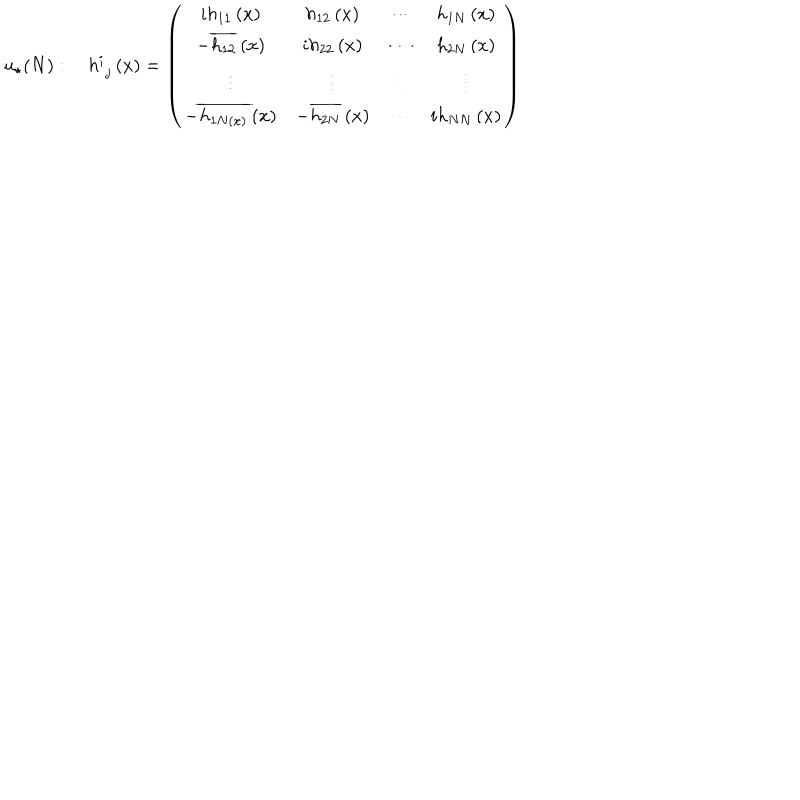
u _ { \star } ( N ) : \quad h _ { \, \, j } ^ { i } \left( x \right) = \left( \begin{array} { c c c c } { { i h _ { 1 1 } \left( x \right) } } & { { h _ { 1 2 } \left( x \right) } } & { { \cdots } } & { { h _ { 1 N } \left( x \right) } } \\ { { - \overline { { { h _ { 1 2 } } } } \left( x \right) } } & { { i h _ { 2 2 } \left( x \right) } } & { { \cdots } } & { { h _ { 2 N } \left( x \right) } } \\ { { \vdots } } & { { \vdots } } & { { \ddots } } & { { \vdots } } \\ { { - \overline { { { h _ { 1 N \left( x \right) } } } } \left( x \right) } } & { { - \overline { { { h _ { 2 N } } } } \left( x \right) } } & { { \cdots } } & { { i h _ { N N } \left( x \right) } } \\ \end{array} \right)